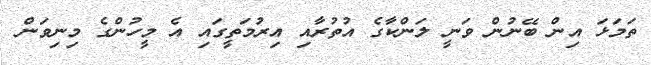
ތަމަޅަ އިން ބޭނުން ވަނީ ލަންކާގެ އުތުރާއި އިރުމަތީގައި އެ މީހުންގެ މިނިވަން